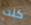
كنت